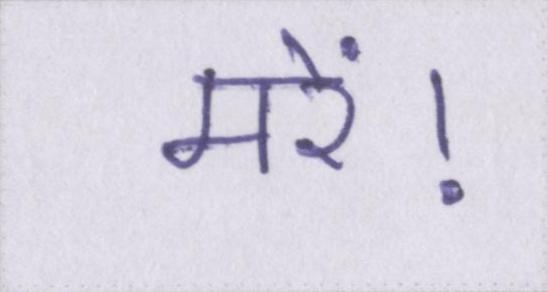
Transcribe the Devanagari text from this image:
मरें।